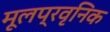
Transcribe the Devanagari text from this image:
मूलप्रवृनिक